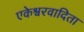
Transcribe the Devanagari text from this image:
एकेश्वरवादिता